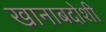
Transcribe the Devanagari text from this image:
खानाबदोशी